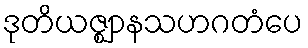
ဒုတိယဇ္ဈာနသဟဂတံပေ